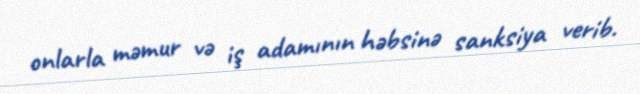
onlarla məmur və iş adamının həbsinə sanksiya verib.